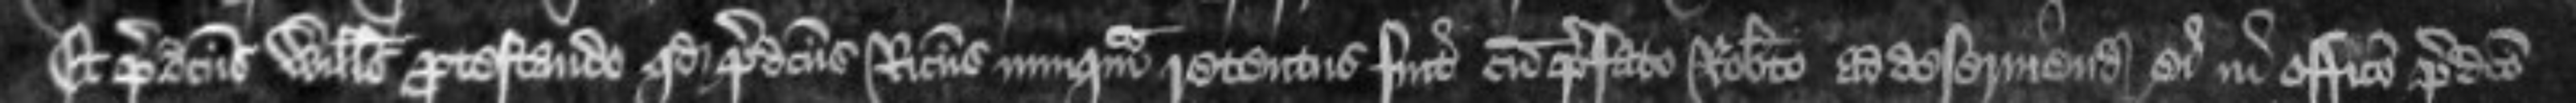
Et predictus Willelmus protestando quod predictus Ricardus nunquam retentus fuit cum prefato Roberto ad deserviendum ei in officio predicto